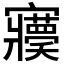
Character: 𡬊